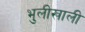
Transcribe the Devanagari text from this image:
भुलीखाली